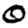
Digit: 0